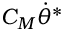
C _ { M } \dot { \theta } ^ { * }